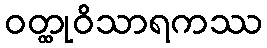
ဝတ္ထုဝိသာရကဿ